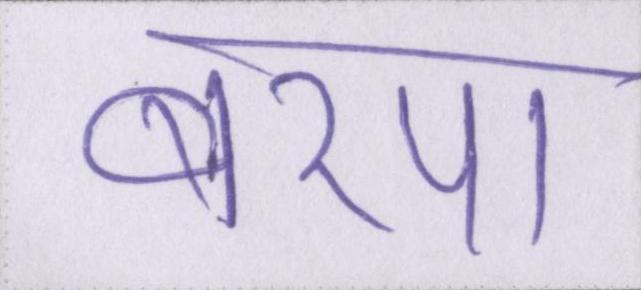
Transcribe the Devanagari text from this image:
बरपा